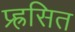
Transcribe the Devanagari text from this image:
प्र्ह्रसित